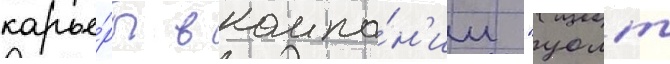
карье́ры в компа́н'ии "уолт